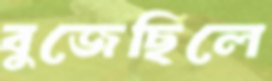
বুজেছিলে